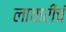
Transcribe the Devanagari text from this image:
लाचारीचं